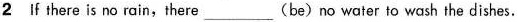
2 If there is no rain,there ___ (be) no water to wash the dishes.